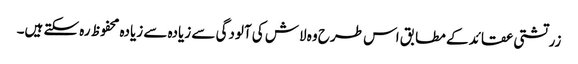
زرتشتی عقائد کے مطابق اس طرح وہ لاش کی آلودگی سے زیادہ سے زیادہ محفوظ رہ سکتے ہیں۔